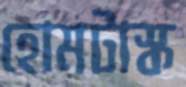
হোমটাস্ক